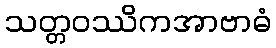
သတ္တဝဿိကအာဗာဓံ